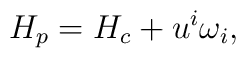
H_{p} = H_{c} + u^{i} \omega_{i},